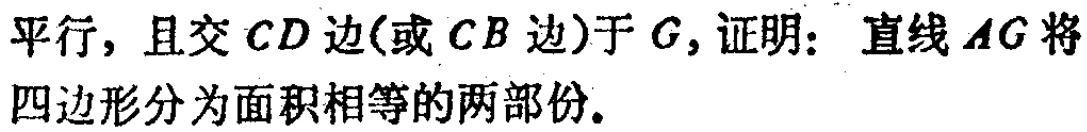
平行，且交\(CD\)边(或\(CB\)边)于\(G\)，证明：直线\(AG\)将四边形分为面积相等的两部份。